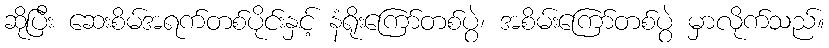
ဆိုပြီး ဆေးစိမ်အရက်တစ်ပိုင်းနှင့် နံရိုးကြော်တစ်ပွဲ၊ အစိမ်းကြော်တစ်ပွဲ မှာလိုက်သည်။